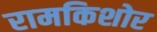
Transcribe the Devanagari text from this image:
रामकिशोर